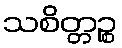
သစိတ္တဉ္စ